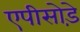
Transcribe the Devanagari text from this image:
एपीसोड़े